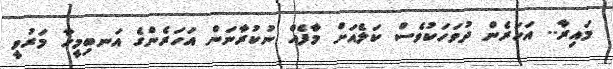
މައިރާ.. އަހަރެން ދުވަހަކުވެސް ކަލެއަށް މާފެއް ނުކުރާނަން އަހަރެންގެ އަނބިމީހާ މަރުވީ